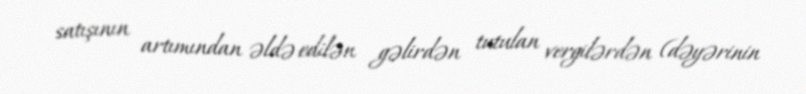
satışının artımından əldə edilən gəlirdən tutulan vergilərdən (dəyərinin